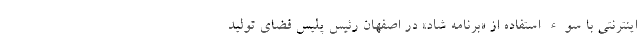
اینترنتی با سوء استفاده از «برنامه شاد» در اصفهان رئیس پلیس فضای تولید